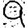
Digit: 9